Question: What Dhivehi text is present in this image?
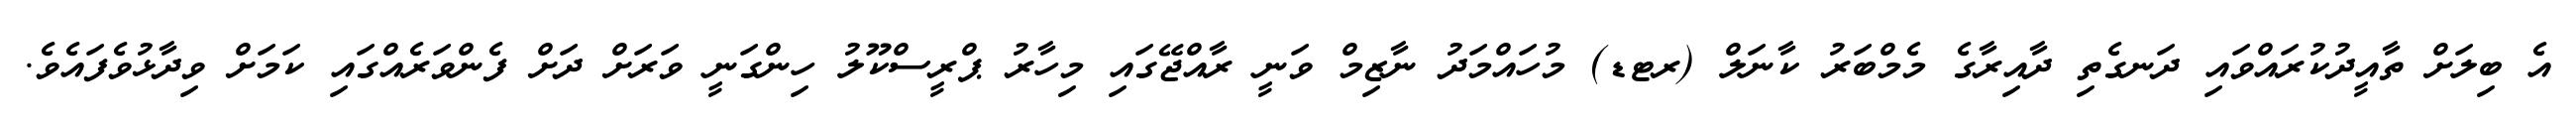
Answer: އެ ބިލަށް ތާއީދުކުރައްވައި ދަނގެތި ދާއިރާގެ މެމްބަރު ކާނަލް (ރޓޑ) މުހައްމަދު ނާޒިމް ވަނީ ރާއްޖޭގައި މިހާރު ޕްރީސްކޫލު ހިންގަނީ ވަރަށް ދަށް ފެންވަރެއްގައި ކަމަށް ވިދާޅުވެފައެވެ.